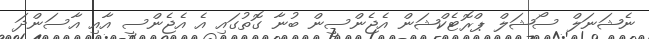
ނެޝަނަލް ސޯޝަލް ޕްރޮޓެކްޝަން އެޖެންސީން ބުނާ ގޮތުގައި އެެ އެޖެންސީ އާއި އާސަންދަ